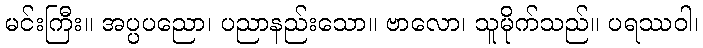
မင်းကြီး။ အပ္ပပညော၊ ပညာနည်းသော။ ဗာလော၊ သူမိုက်သည်။ ပရဿဝါ၊